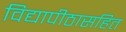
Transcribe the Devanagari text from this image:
विद्यापीठासहित